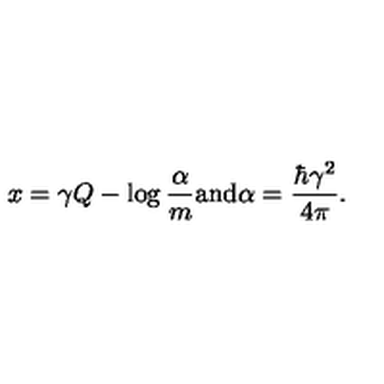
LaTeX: x = \gamma Q - \log \frac { \alpha } { m } \mathrm { a n d } \alpha = \frac { \hbar \gamma ^ { 2 } } { 4 \pi } .